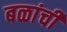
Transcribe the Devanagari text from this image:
बळांची